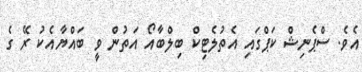
އެވެ. ސްޕެނިޝް ކަޕްގައި އެތުލެޓިކް ބިލްބާއޯ އަތުން ވީ ބައްޔާއެކު ރޭ ގެ